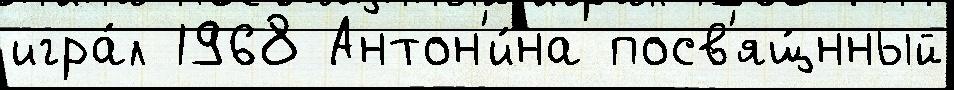
игра́л 1968 Антон'и́на посв'ящ́нный